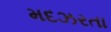
મદઝરતા